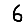
Digit: 6